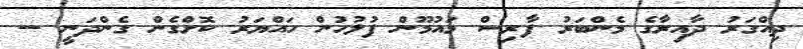
ދިއްގަރު ދާއިރާގެ މެންބަރު ފާރިސް މައުމޫން ފުލުހުން ހައްޔަރު ކޮށްގެން ގެންދަނީ --